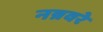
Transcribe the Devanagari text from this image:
नन्नवरे